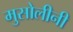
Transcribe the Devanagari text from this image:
मुसोलीनी